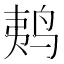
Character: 𱉩